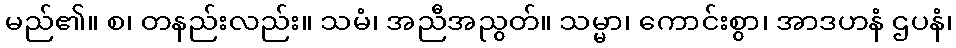
မည်၏။ စ၊ တနည်းလည်း။ သမံ၊ အညီအညွတ်။ သမ္မာ၊ ကောင်းစွာ၊ အာဒဟနံ ဌပနံ၊